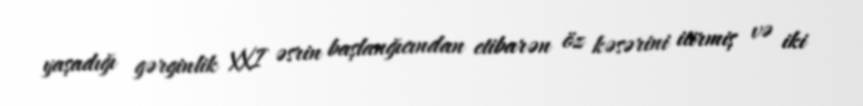
yaşadığı gərginlik XXI əsrin başlanğıcından etibarən öz kəsərini itirmiş və iki